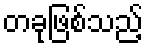
တခုဖြစ်သည့်